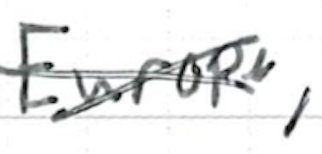
Text: Europe,
Cross-out: cross
Writing tool: ballpoint